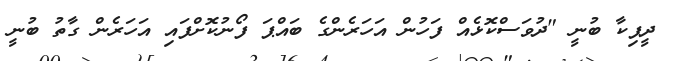
ދީޕިކާ ބުނީ "ދުވަސްކޮޅެއް ފަހުން އަހަރެންގެ ބައްޕަ ފޯނުކޮށްފައި އަހަރެން ގާތު ބުނީ